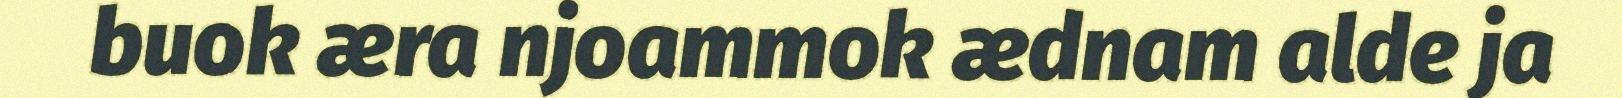
buok æra njoammok ædnam alde ja